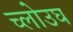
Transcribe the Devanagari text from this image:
च्लोउघ